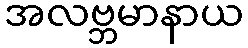
အလဗ္ဘမာနာယ